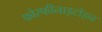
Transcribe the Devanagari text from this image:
फोस्फीनाइटोइन